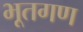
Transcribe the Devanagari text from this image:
भूतगण